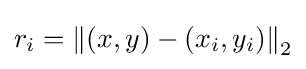
r_{i}=\left\|\left(x,y\right)-\left(x_{i},y_{i}\right)\right\|_{2}